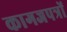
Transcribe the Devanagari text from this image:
कागजपत्रों